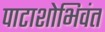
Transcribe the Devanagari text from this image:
पाटाशोभिवंत